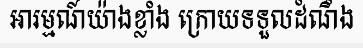
អារម្មណ៍យ៉ាងខ្លាំង ក្រោយទទួលដំណឹង